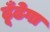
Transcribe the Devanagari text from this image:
ढूँढेगा